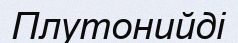
Плутонийді